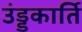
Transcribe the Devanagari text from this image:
उंड्डकार्ति